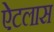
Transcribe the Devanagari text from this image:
ऐटलास